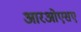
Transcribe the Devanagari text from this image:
आरओएसए